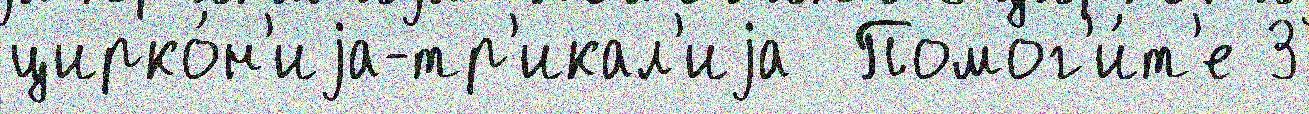
цирко́н'иjа-тр'икал'иjа  Помог'и́т'е 3